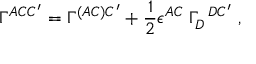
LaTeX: \Gamma ^ { A C C ^ { \prime } } = \Gamma ^ { ( A C ) C ^ { \prime } } + { \frac { 1 } { 2 } } \epsilon ^ { A C } \; \Gamma _ { D } ^ { \; \; D C ^ { \prime } } \; ,